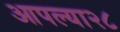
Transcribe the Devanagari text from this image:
आपल्या२८